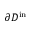
\partial D ^ { \mathrm { i n } }